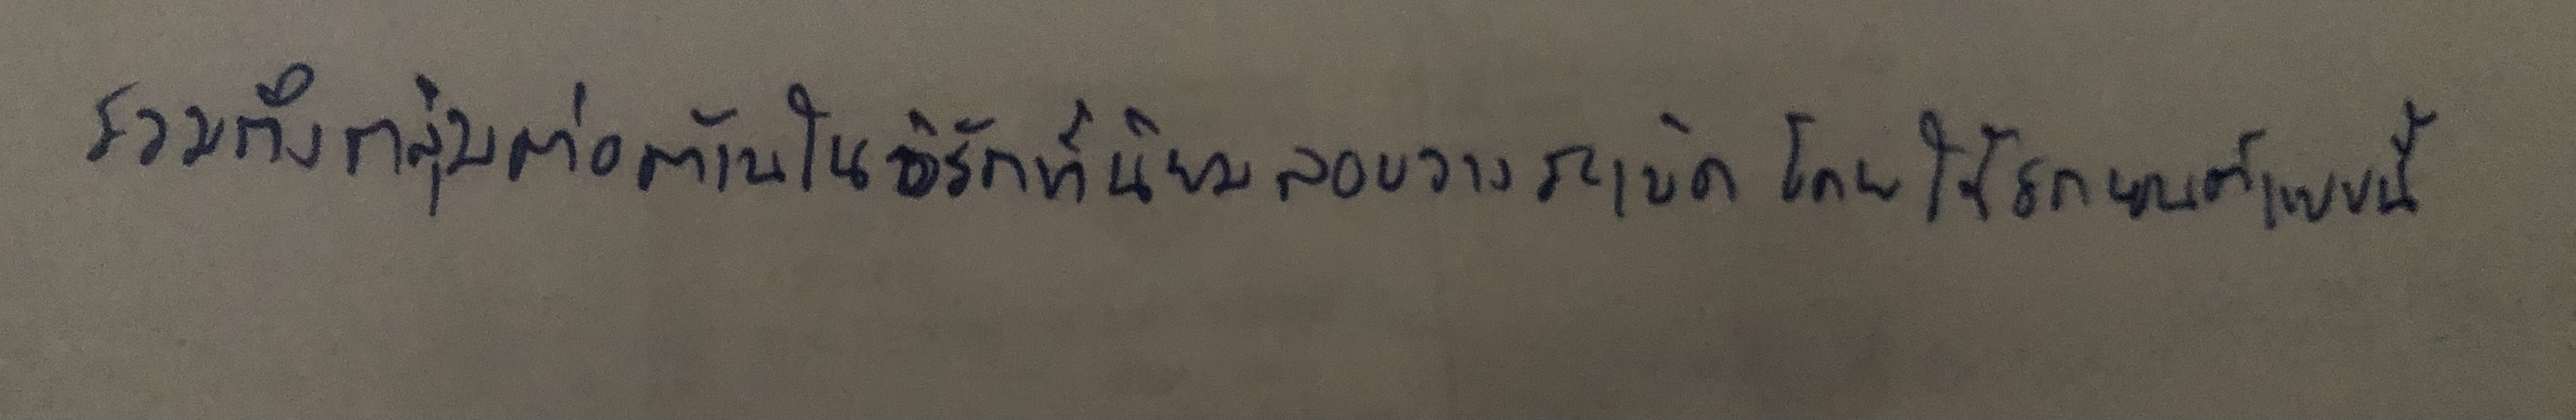
รวมถึงกลุ่มต่อต้านในอิรักที่นิยมลอบวางระเบิดโดยใช้รถยนต์แบบนี้